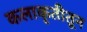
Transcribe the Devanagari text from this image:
कलाकृतीतून